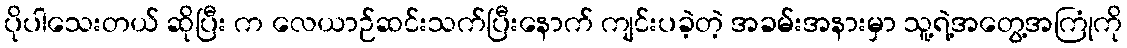
ပိုပါသေးတယ် ဆိုပြီး က လေယာဉ်ဆင်းသက်ပြီးနောက် ကျင်းပခဲ့တဲ့ အခမ်းအနားမှာ သူ့ရဲ့အတွေ့အကြုံကို